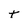
Character: t